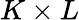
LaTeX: K\times L